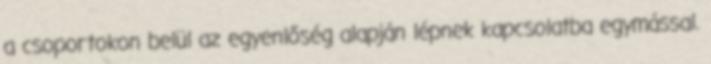
a csoportokon belül az egyenlőség alapján lépnek kapcsolatba egymással.